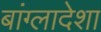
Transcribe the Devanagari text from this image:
बांग्लादेशा